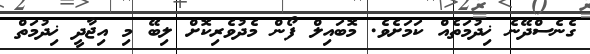
ގެނެސްދޭނެ ޚިދުމަތެއް ކަމަށެވެ. މޮބައިލް ފޯން މެދުވެރިކޮށް ލިބޭ މި އިޖާދީ ޚިދުމަތް